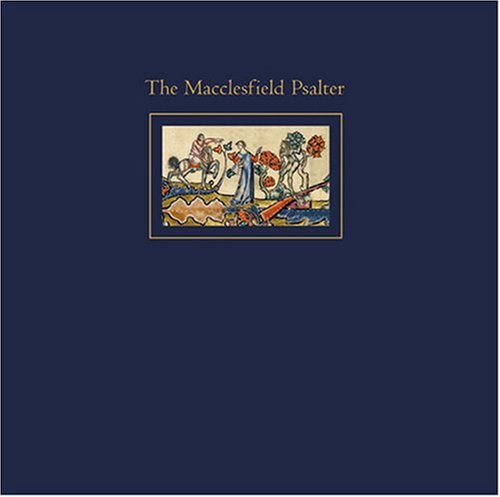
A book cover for The Macclesfield Psalter; Literature & Fiction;